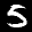
Label: 5